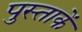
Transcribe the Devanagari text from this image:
पुस्ताकें